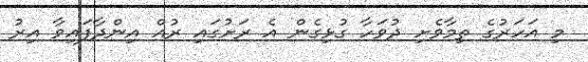
މި އަހަރުގެ ތިމާވެށި ދުވަހާ ގުޅިގެން އެ ރަށުގައި ރުއް އިންދާފައިވާ އިރު